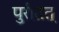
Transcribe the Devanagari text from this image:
पुरीतत्